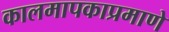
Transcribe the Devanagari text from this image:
कालमापकाप्रमाणे